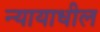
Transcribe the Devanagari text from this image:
न्यायाधील